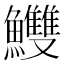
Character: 𩽧